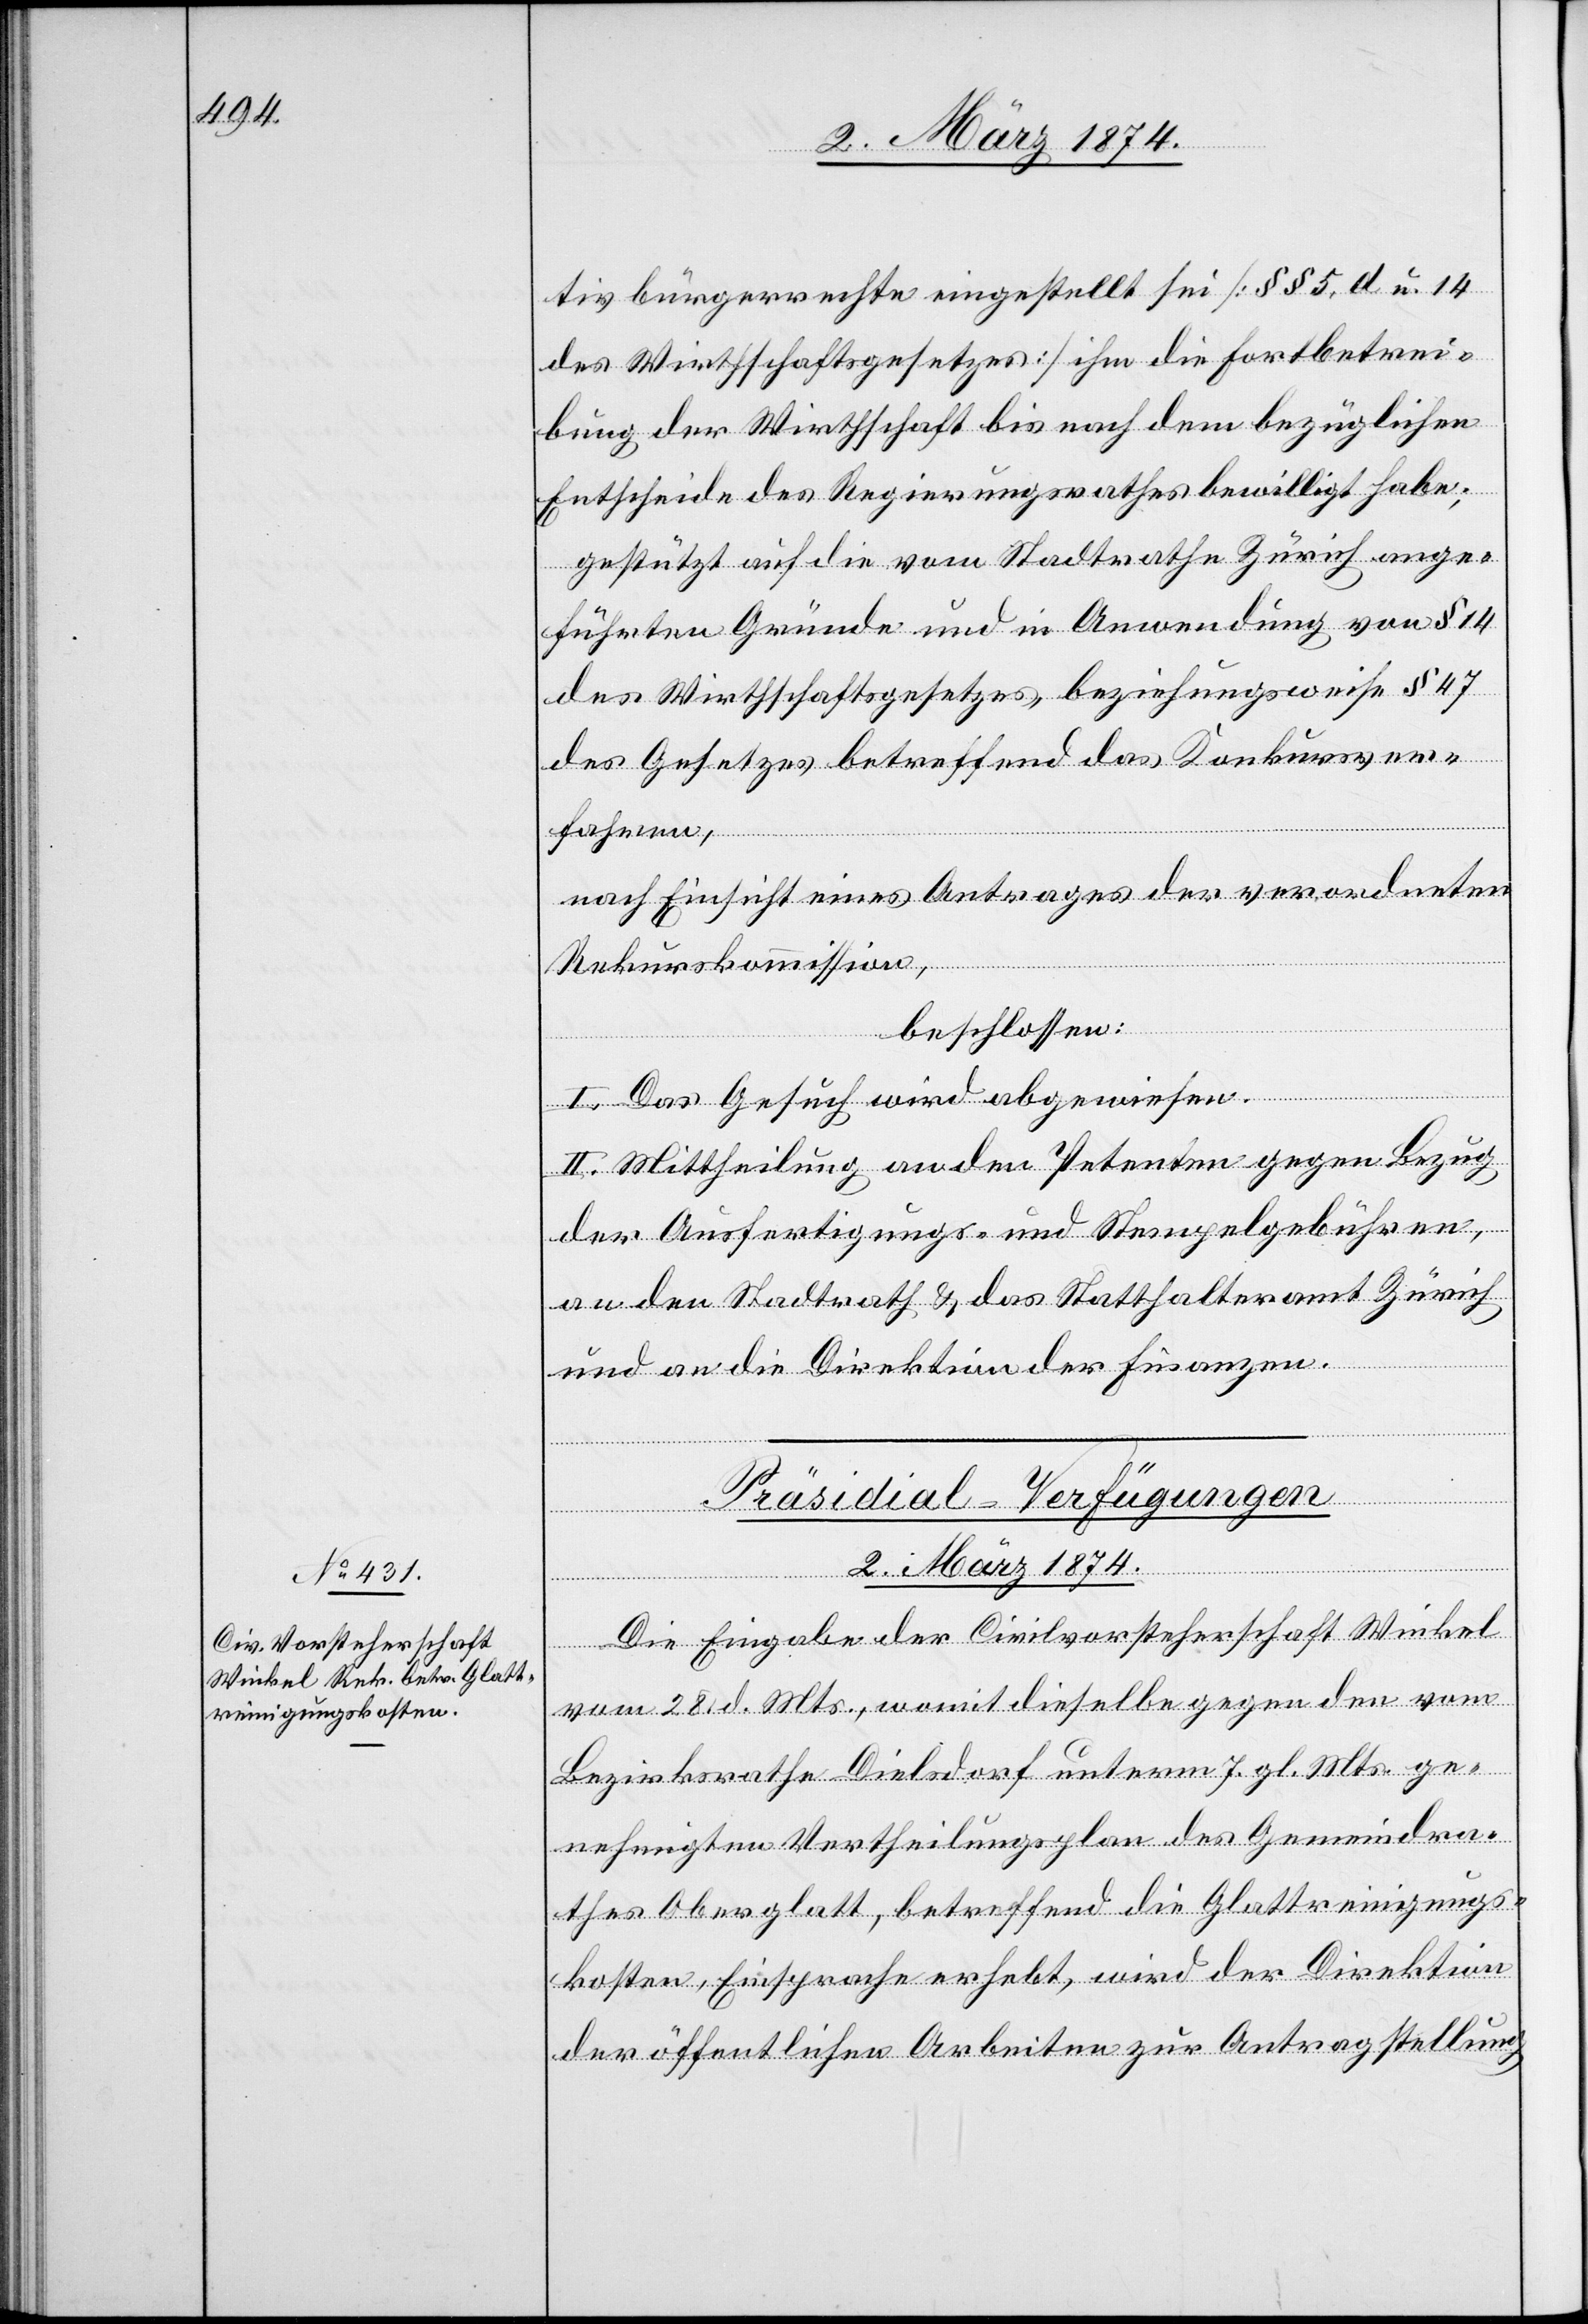
tivbürgerrechte eingestellt sei [§§ 5. d. u. 14
des Wirthschaftsgesetzes] ihm die Fortbetrei¬
bung der Wirthschaft bis nach dem bezüglichen
Entscheide des Regierungsrathes bewilligt habe;
gestützt auf die vom Stadtrathe Zürich ange¬
führten Gründe und in Anwendung von § 14
des Wirthschaftsgesetzes, beziehungsweise § 47
des Gesetzes betreffend das Konkursver¬
fahren,
nach Einsicht eines Antrages der verordneten
Rekurskommission,
beschlossen:
I. Das Gesuch wird abgewiesen.
II. Mittheilung an den Petenten gegen Bezug
der Ausfertigungs- und Stempelgebühren,
an den Stadtrath u. das Statthalteramt Zürich
und an die Direktion der Finanzen.
Präsidial-Verfügungen
2. März 1874.
Die Eingabe der Civilvorsteherschaft Winkel
vom 28. d. Mts., womit dieselbe gegen den vom
Bezirksrathe Dielsdorf unterm 7. gl. Mts. ge¬
nehmigten Vertheilungsplan des Gemeindra¬
thes Oberglatt, betreffend die Glattreinigungs¬
kosten, Einsprache erhebt, wird der Direktion
der öffentlichen Arbeiten zur Antragstellung